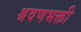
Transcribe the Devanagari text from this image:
श्रवणभक्ती